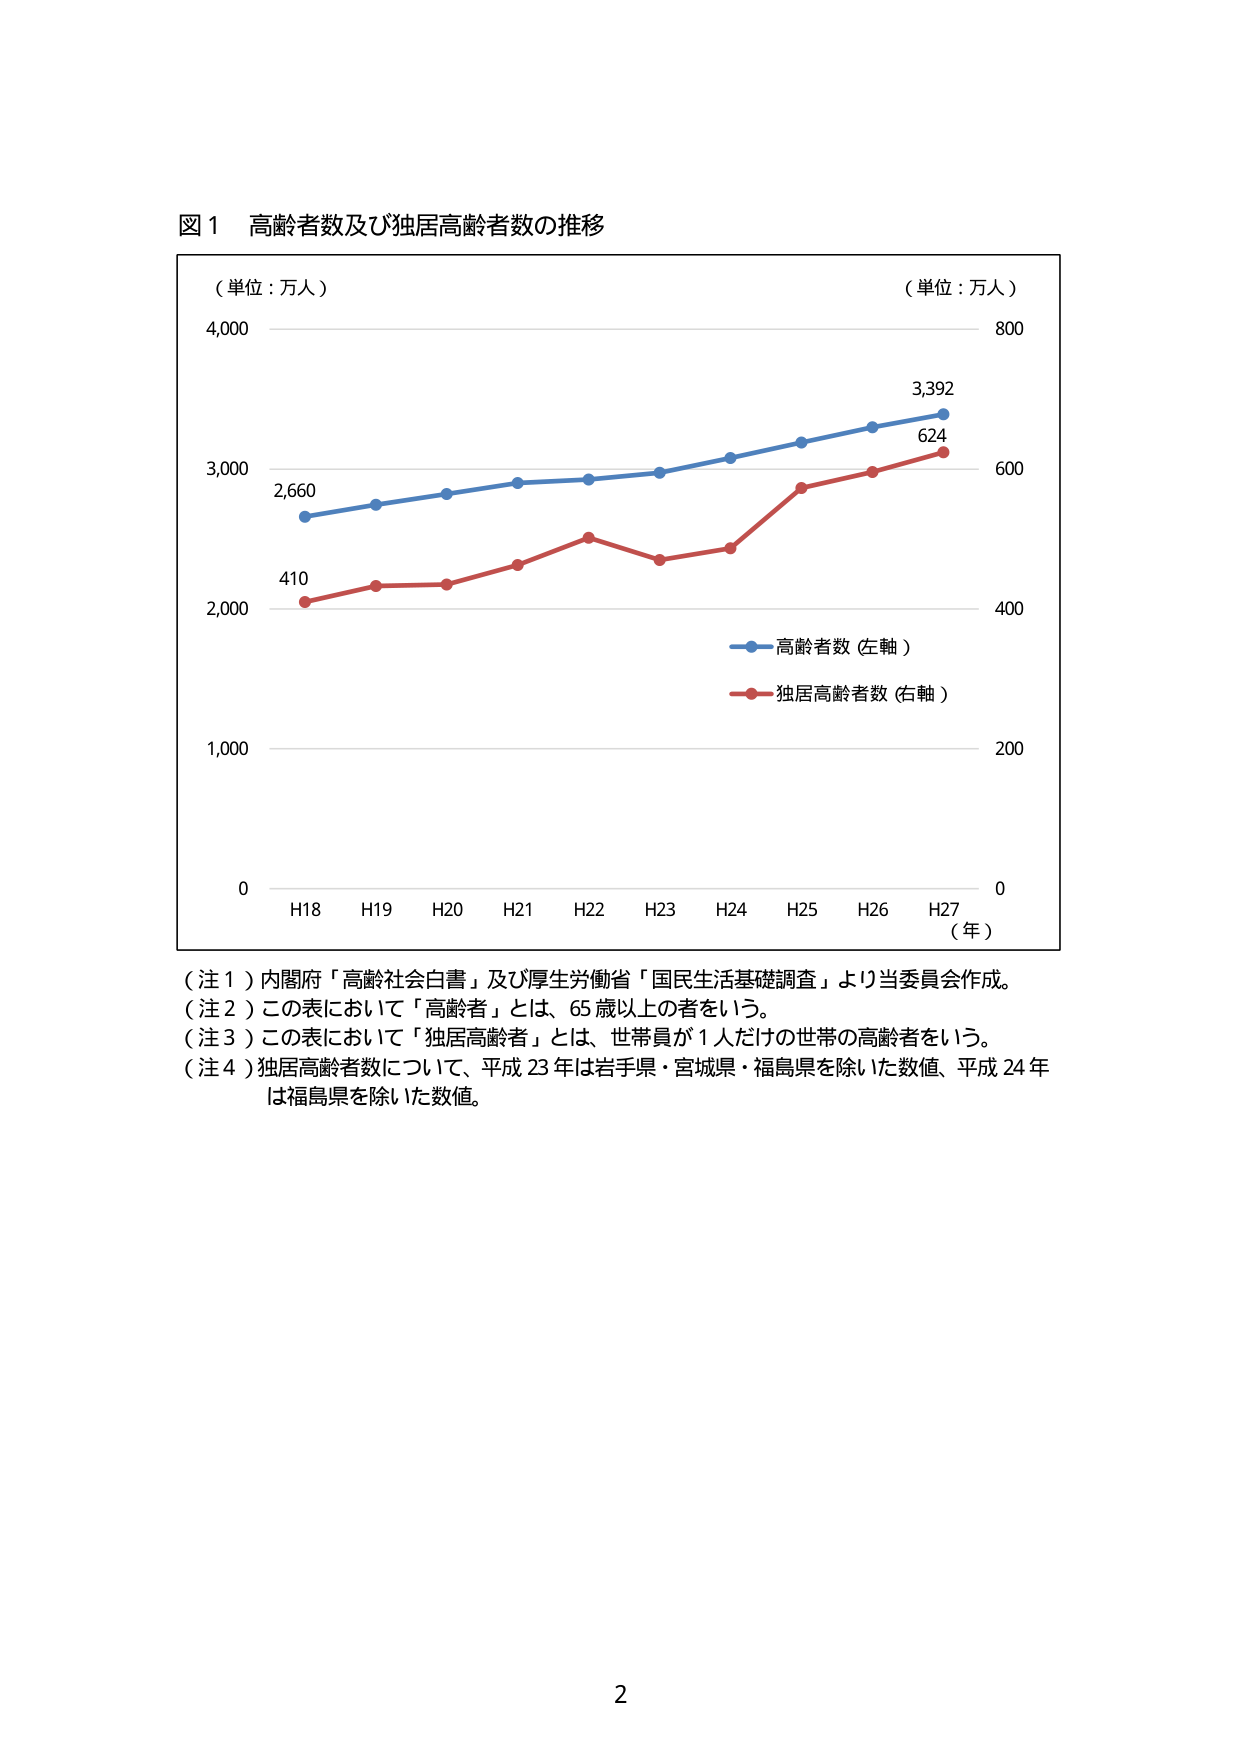
図１ 高齢者数及び独居高齢者数の推移

（単位：万人）
4,000
3,000
2,000
1,000
0
H18 H19 H20 H21 H22 H23 H24 H25 H26 H27
（年）

（単位：万人）
800
600
400
200
0

2,660
410
3,392
624

高齢者数（左軸）
独居高齢者数（右軸）

（注１）内閣府「高齢社会白書」及び厚生労働省「国民生活基礎調査」より当委員会作成。
（注２）この表において「高齢者」とは、65歳以上の者をいう。
（注３）この表において「独居高齢者」とは、世帯員が1人だけの世帯の高齢者をいう。
（注４）独居高齢者数について、平成23年は岩手県・宮城県・福島県を除いた数値、平成24年は福島県を除いた数値。

2